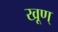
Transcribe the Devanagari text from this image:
खूण्